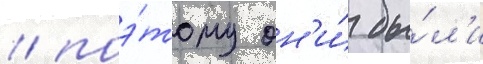
/ поэ́тому он'и́ бы́л'и